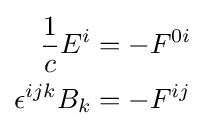
{\begin{aligned}{\frac {1}{c}}E^{i}&=-F^{0i}\\\epsilon ^{ijk}B_{k}&=-F^{ij}\end{aligned}}